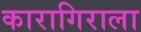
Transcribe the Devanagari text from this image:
कारागिराला